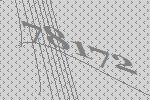
78172